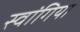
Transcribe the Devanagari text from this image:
स्वांगिया